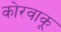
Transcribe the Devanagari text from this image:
कोरवाकू